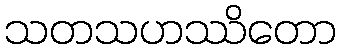
သတသဟဿိတော